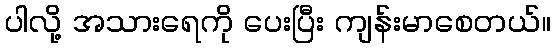
ပါလို့ အသားရေကို ပေးပြီး ကျန်းမာစေတယ်။